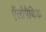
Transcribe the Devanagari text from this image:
ऍलोपैथिक